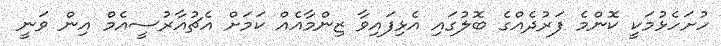
ހުށަހެޅުމަކީ ކޮންމެ ފަރުދެއްގެ ބޮލުގައި އެޅިފައިވާ ޒިންމާއެއް ކަމަށް އެޗުއާރުސީއެމް އިން ވަނީ